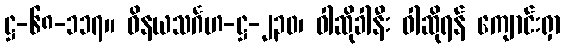
ဋ္ဌ-၆၈-၁၁၇။ ဝိနယသင်္ဂဟ-ဋ္ဌ-၂၃၀၊ ဝါဆိုခါနီး ဝါဆိုရန် ကျောင်းရှာ